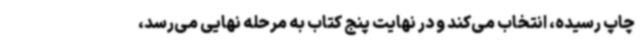
چاپ رسیده، انتخاب می‌کند و در نهایت پنج کتاب به مرحله نهایی می‌رسد،